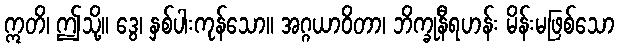
ဣတိ၊ ဤသို့။ ဒွေ၊ နှစ်ပါးကုန်သော။ အဂ္ဂယာဝိတာ၊ ဘိက္ခုနီရဟန်း မိန်းမဖြစ်သော